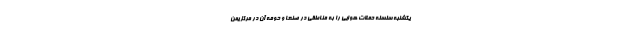
یکشنبه سلسله حملات هوایی را به مناطقی در صنعا و حومه آن در مرکز یمن